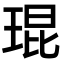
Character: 琨